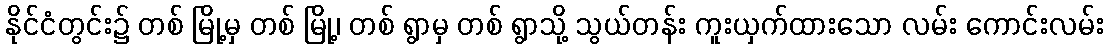
နိုင်ငံတွင်း၌ တစ် မြို့မှ တစ် မြို့၊ တစ် ရွာမှ တစ် ရွာသို့ သွယ်တန်း ကူးယှက်ထားသော လမ်း ကောင်းလမ်း